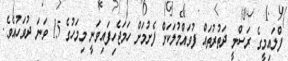
ފްލައިމީގެ ރަސްމީ ދަތުރުތައް ފުވައްމުލަކަށް ފެށުމަށް ހަމަޖެހިފައިވަނީ މިމަހުގެ 15 ވަނަ ދުވަހުއެވެ.